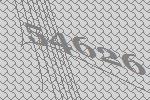
54626